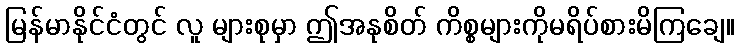
မြန်မာနိုင်ငံတွင် လူ များစုမှာ ဤအနုစိတ် ကိစ္စများကိုမရိပ်စားမိကြချေ။